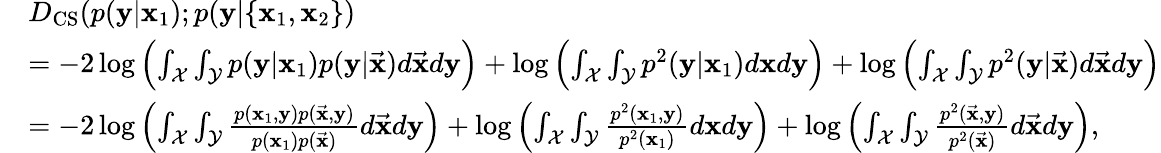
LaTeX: \begin{array}{rl}&{D_{\mathrm{CS}}(p(\mathbf{y}|\mathbf{x}_{1});p(\mathbf{y}|\{ \mathbf{x}_{1},\mathbf{x}_{2}\} )}\\ &{=-2\log\left(\int_{\mathcal{X}}\int_{\mathcal{Y}}p(\mathbf{y}|\mathbf{x}_{1})p(\mathbf{y}|\vec{\mathbf{x}})d\vec{\mathbf{x}}d\mathbf{y}\right)+\log\left(\int_{\mathcal{X}}\int_{\mathcal{Y}}p^{2}(\mathbf{y}|\mathbf{x}_{1})d\mathbf{x}d\mathbf{y}\right)+\log\left(\int_{\mathcal{X}}\int_{\mathcal{Y}}p^{2}(\mathbf{y}|\vec{\mathbf{x}})d\vec{\mathbf{x}}d\mathbf{y}\right)}\\ &{=-2\log\left(\int_{\mathcal{X}}\int_{\mathcal{Y}}\frac{p(\mathbf{x}_{1},\mathbf{y})p(\vec{\mathbf{x}},\mathbf{y})}{p(\mathbf{x}_{1})p(\vec{\mathbf{x}})}d\vec{\mathbf{x}}d\mathbf{y}\right)+\log\left(\int_{\mathcal{X}}\int_{\mathcal{Y}}\frac{p^{2}(\mathbf{x}_{1},\mathbf{y})}{p^{2}(\mathbf{x}_{1})}d\mathbf{x}d\mathbf{y}\right)+\log\left(\int_{\mathcal{X}}\int_{\mathcal{Y}}\frac{p^{2}(\vec{\mathbf{x}},\mathbf{y})}{p^{2}(\vec{\mathbf{x}})}d\vec{\mathbf{x}}d\mathbf{y}\right),}\end{array}